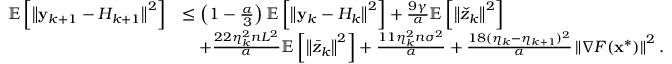
\begin{array} { r l } { \mathbb { E } \left[ \left\Vert \mathbf { y } _ { k + 1 } - H _ { k + 1 } \right\Vert ^ { 2 } \right] } & { \leq \left( 1 - \frac { \alpha } { 3 } \right) \mathbb { E } \left[ \left\Vert \mathbf { y } _ { k } - H _ { k } \right\Vert ^ { 2 } \right] + \frac { 9 \gamma } { \alpha } \mathbb { E } \left[ \left\Vert \check { z } _ { k } \right\Vert ^ { 2 } \right] } \\ & { \quad + \frac { 2 2 \eta _ { k } ^ { 2 } n L ^ { 2 } } { \alpha } \mathbb { E } \left[ \left\Vert \bar { z } _ { k } \right\Vert ^ { 2 } \right] + \frac { 1 1 \eta _ { k } ^ { 2 } n \sigma ^ { 2 } } { \alpha } + \frac { 1 8 ( \eta _ { k } - \eta _ { k + 1 } ) ^ { 2 } } { \alpha } \left\Vert \nabla F ( \mathbf { x } ^ { * } ) \right\Vert ^ { 2 } . } \end{array}